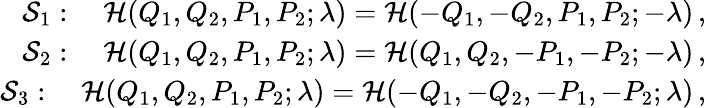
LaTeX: \begin{array}{r}{{\mathcal{S}}_{1}:\quad{\mathcal{H}}(Q_{1},Q_{2},P_{1},P_{2};\lambda)={\mathcal{H}}(-Q_{1},-Q_{2},P_{1},P_{2};-\lambda)\, ,}\\ {{\mathcal{S}}_{2}:\quad{\mathcal{H}}(Q_{1},Q_{2},P_{1},P_{2};\lambda)={\mathcal{H}}(Q_{1},Q_{2},-P_{1},-P_{2};-\lambda)\, ,}\\ {{\mathcal{S}}_{3}:\quad{\mathcal{H}}(Q_{1},Q_{2},P_{1},P_{2};\lambda)={\mathcal{H}}(-Q_{1},-Q_{2},-P_{1},-P_{2};\lambda)\, ,}\end{array}